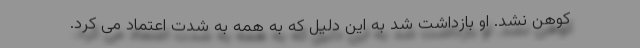
کوهن نشد. او بازداشت شد به این دلیل که به همه به شدت اعتماد می‌ کرد.